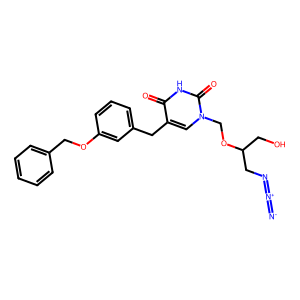
SMILES: [N-]=[N+]=NCC(CO)OCn1cc(Cc2cccc(OCc3ccccc3)c2)c(=O)[nH]c1=O
Inhibits HIV replication: No